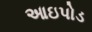
આઇપોડ